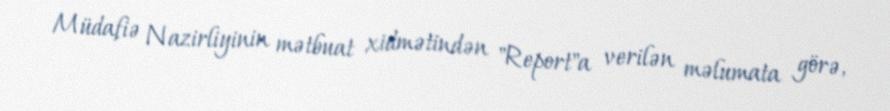
Müdafiə Nazirliyinin mətbuat xidmətindən "Report"a verilən məlumata görə,